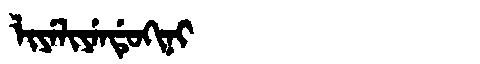
Manchu: ᠯᡳᠶᡝᠯᡳᠶᡝᠨᡩᡠᡴᡳᠨᡳ
Romanization: LIYELIYENDUKINI